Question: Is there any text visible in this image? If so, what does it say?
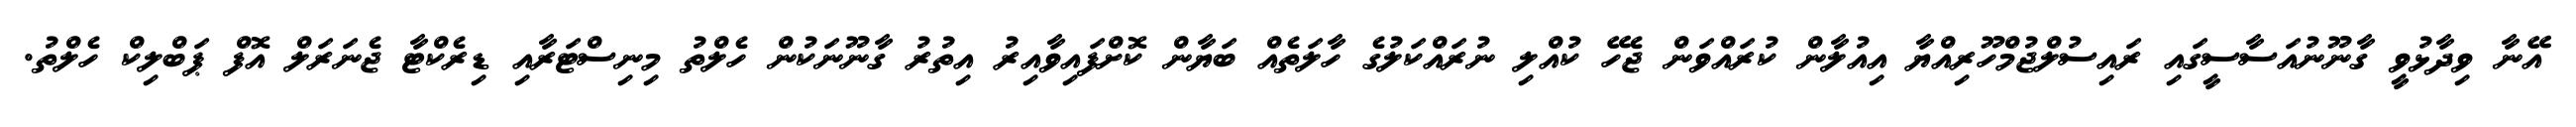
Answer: އޭނާ ވިދާޅުވީ ގާނޫނުއަސާސީގައި ރައިސުލްޖުމްހޫރިއްޔާ އިއުލާން ކުރައްވަން ޖެހޭ ކުއްލި ނުރައްކަލުގެ ހާލަތެއް ބަޔާން ކޮށްފައިވާއިރު އިތުރު ގާނޫނަކުން ހެލްތު މިނިސްޓަރާއި ޑިރެކްޓާ ޖެނަރަލް އޮފް ޕަބްލިކް ހެލްތު.